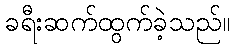
ခရီးဆက်ထွက်ခဲ့သည်။